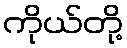
ကိုယ်တို့